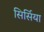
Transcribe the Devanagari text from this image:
सिर्सिया